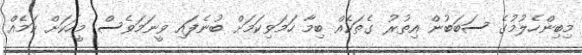
މިބިންހެލުމުގެ ސަބަބުން އިތުރު ގެތަކެއް ބިމާ ހަމަވިކަމަށް ބުނެފައި ވީނަމަވެސް މީހަކަށް ކަމެއް